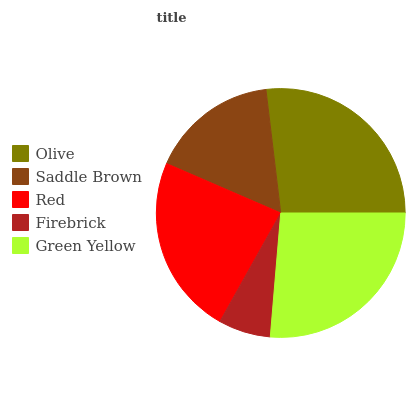
| Olive | Saddle Brown | Red | Firebrick | Green Yellow |
 | --- | --- | --- | --- | --- |
 | 26.9% | 16.6% | 23.4% | 6.8% | 26.3% |